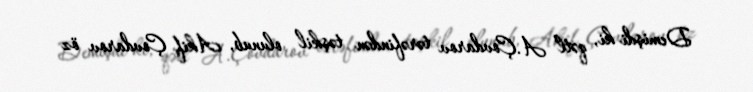
Demişdi ki, qətl A.Çovdarov tərəfindən təşkil olunub, Akif Çovdarov öz